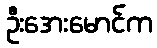
ဦးအေးမောင်က